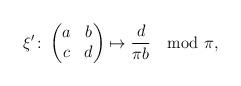
LaTeX: \begin{align*}\xi'\colon\begin{pmatrix}a & b \\c & d\end{pmatrix}\mapsto\frac{d}{\pi b}\mod\pi,\end{align*}